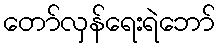
တော်လှန်ရေးရဲဘော်